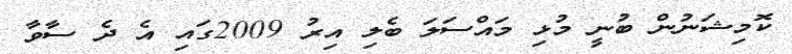
ކޮމިޝަނުން ބުނީ މުޅި މައްސަލަ ބެލި އިރު 2009ގައި އެ ދެ ސާވާ